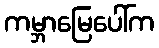
ကမ္ဘာမြေပေါ်က